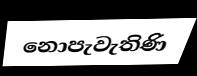
නොපැවැතිණි